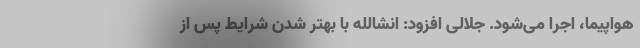
هواپیما، اجرا می‌شود. جلالی افزود: انشالله با بهتر شدن شرایط پس از